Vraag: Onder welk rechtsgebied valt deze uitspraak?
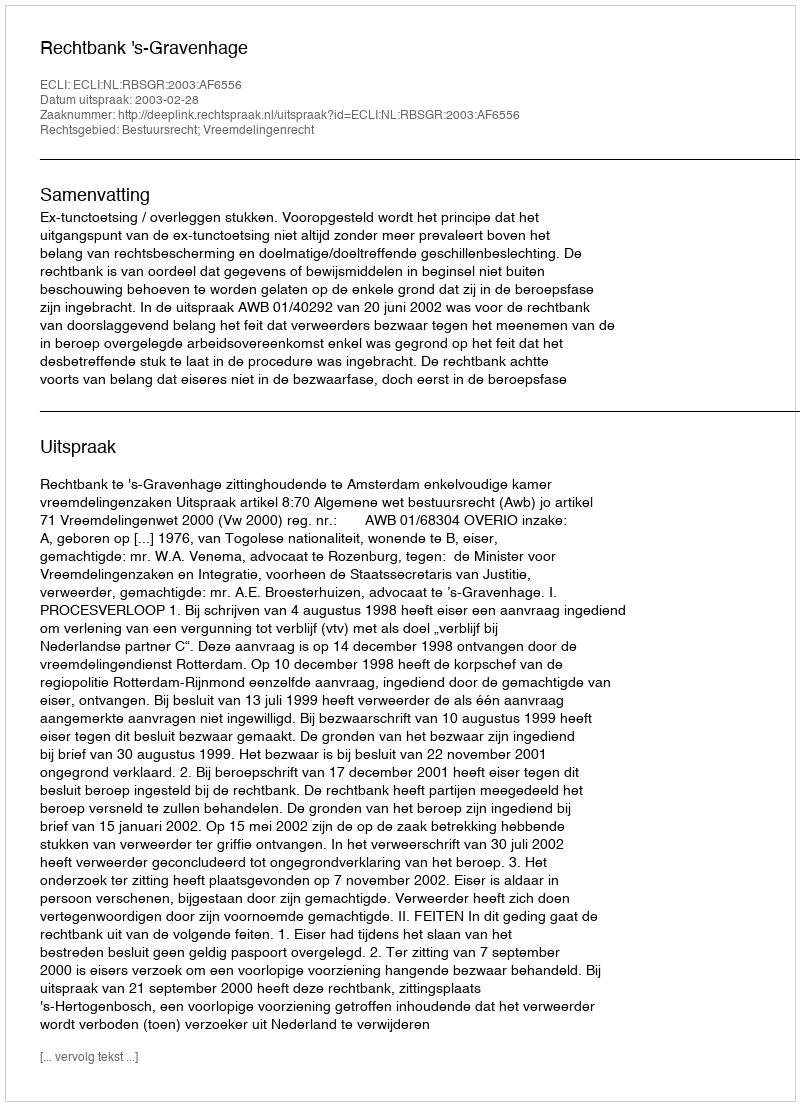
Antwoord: Bestuursrecht; Vreemdelingenrecht